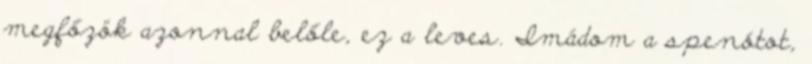
megfőzök azonnal belőle, ez a leves. Imádom a spenótot,